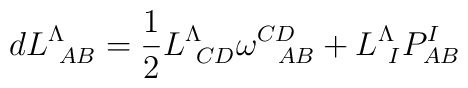
dL^\Lambda_{\ AB} = {1 \over 2}L^\Lambda_{\ CD} \omega^{CD}_{\ \ AB} +L^\Lambda_{\ I} P^I_{AB}